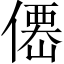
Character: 𠎣